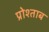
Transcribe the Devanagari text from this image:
प्रोश्ताब